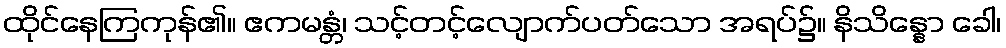
ထိုင်နေကြကုန်၏။ ဧကမန္တံ၊ သင့်တင့်လျောက်ပတ်သော အရပ်၌။ နိသိန္နော ခေါ၊